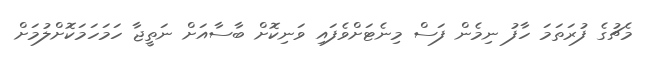
މެޗުގެ ފުރަތަމަ ހާފު ނިމެން ފަސް މިނެޓަށްވެފައި ވަނިކޮށް ބާސާއަށް ނަތީޖާ ހަމަހަމަކޮށްލުމަށް